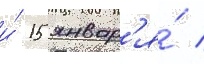
и́ 15 январ'я́ /